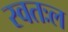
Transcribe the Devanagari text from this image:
स्वतःल